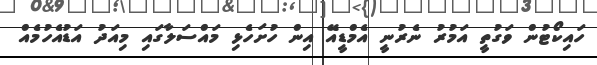
ހައިކޯޓުން ވަގުތީ އަމުުރު ނެރުނީ އެމްޑީއޭ އިން ހުށަހެޅި މައްސަލާގައި މިއަދު އަޑުއެހުމެއް